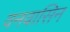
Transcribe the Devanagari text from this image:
वनवासिन